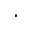
\cdot